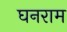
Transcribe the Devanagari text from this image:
घनराम